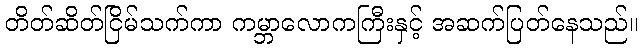
တိတ်ဆိတ်ငြိမ်သက်ကာ ကမ္ဘာလောကကြီးနှင့် အဆက်ပြတ်နေသည်။